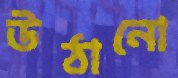
উঠানো